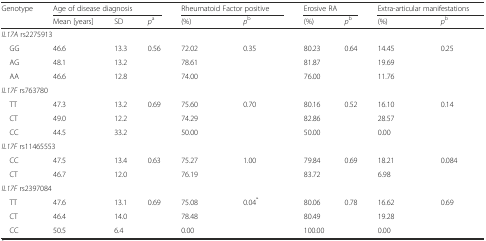
| <ROWSPAN=2> Genotype | <COLSPAN=3> Age of disease diagnosis | <COLSPAN=2> Rheumatoid Factor positive | <COLSPAN=2> Erosive RA | <COLSPAN=2> Extra-articular manifestations |
 | Mean [years] | SD | pa | (%) | pb | (%) | pb | (%) | pb |
 | --- | --- | --- | --- | --- | --- | --- | --- | --- | --- |
 | <COLSPAN=10> IL17A rs2275913 |
 | GG | 46.6 | 13.3 | <ROWSPAN=3> 0.56 | 72.02 | <ROWSPAN=3> 0.35 | 80.23 | <ROWSPAN=3> 0.64 | 14.45 | <ROWSPAN=3> 0.25 |
 | AG | 48.1 | 13.2 | 78.61 | 81.87 | 19.69 |
 | AA | 46.6 | 12.8 | 74.00 | 76.00 | 11.76 |
 | <COLSPAN=10> IL17F rs763780 |
 | TT | 47.3 | 13.2 | <ROWSPAN=3> 0.69 | 75.60 | <ROWSPAN=3> 0.70 | 80.16 | <ROWSPAN=3> 0.52 | 16.10 | <ROWSPAN=3> 0.14 |
 | CT | 49.0 | 12.2 | 74.29 | 82.86 | 28.57 |
 | CC | 44.5 | 33.2 | 50.00 | 50.00 | 0.00 |
 | <COLSPAN=10> IL17F rs11465553 |
 | CC | 47.5 | 13.4 | <ROWSPAN=2> 0.63 | 75.27 | <ROWSPAN=2> 1.00 | 79.84 | <ROWSPAN=2> 0.69 | 18.21 | <ROWSPAN=2> 0.084 |
 | CT | 46.7 | 12.0 | 76.19 | 83.72 | 6.98 |
 | <COLSPAN=10> IL17F rs2397084 |
 | TT | 47.6 | 13.1 | <ROWSPAN=3> 0.69 | 75.08 | <ROWSPAN=3> 0.04* | 80.06 | <ROWSPAN=3> 0.78 | 16.62 | <ROWSPAN=3> 0.69 |
 | CT | 46.4 | 14.0 | 78.48 | 80.49 | 19.28 |
 | CC | 50.5 | 6.4 | 0.00 | 100.00 | 0.00 |